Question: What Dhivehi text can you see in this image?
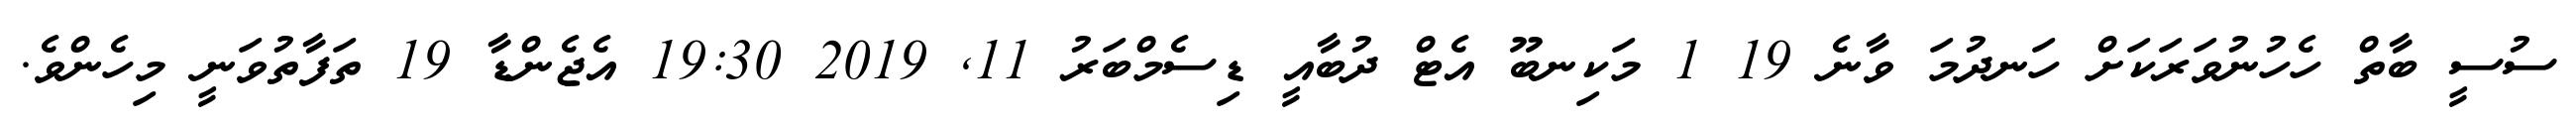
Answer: ސުސީ ބާތް ހެހުނުވަރަކަށް ހަނދުމަ ވާނެ 19 1 މަކިނބޫ އެޓް ދުބާއީ ޑިސެމްބަރު 11, 2019 19:30 އެޖެންޑާ 19 ތަފާތުވަނީ މިހެންވެ.